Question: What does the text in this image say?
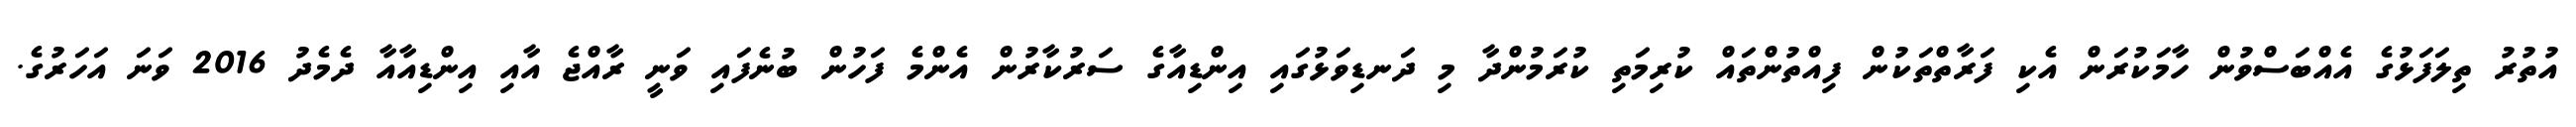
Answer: އުތުރު ތިލަފަޅުގެ އެއްބަސްވުން ހާމަކުރަން އެކި ފަރާތްތަކުން ފިއްތުންތައް ކުރިމަތި ކުރަމުންދާ މި ދަނޑިވަޅުގައި އިންޑިއާގެ ސަރުކާރުން އެންމެ ފަހުން ބުނެފައި ވަނީ ރާއްޖެ އާއި އިންޑިއާއާ ދެމެދު 2016 ވަނަ އަހަރުގެ.